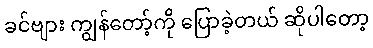
ခင်ဗျား ကျွန်တော့်ကို ပြောခဲ့တယ် ဆိုပါတော့